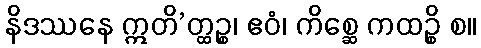
နိဒဿနေ ဣတိ’တ္ထဉ္စ၊ ဧဝံ၊ ကိစ္ဆေ ကထဉ္စိ စ။